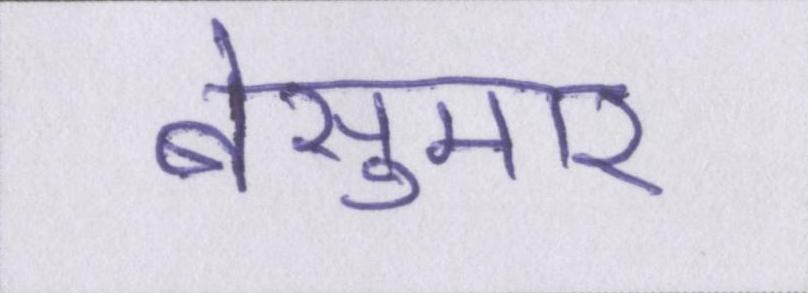
बेसुमार